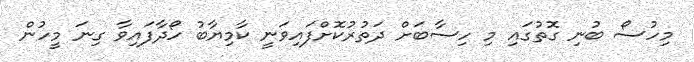
މިހުސޯ ބުނި ގޮތުގައި މި ހިސާބަށް ދަތުރުކޮށްފައިވަނީ ކާމިޔާބު ހޯދާފައިވާ ގިނަ މީހުން